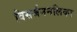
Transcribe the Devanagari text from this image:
विसर्जननलिका